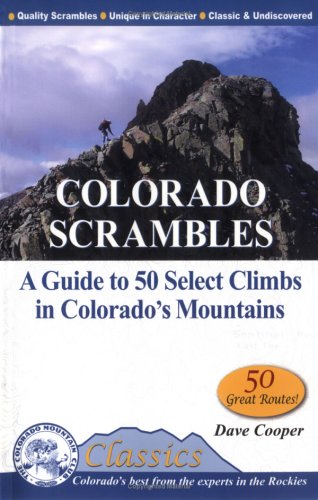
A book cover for Colorado Scrambles: A Guide to 50 Select Climbs in Colorado's Mountains (Colorado Mountain Club Classics); Dave Cooper; Travel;